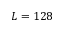
L = 1 2 8